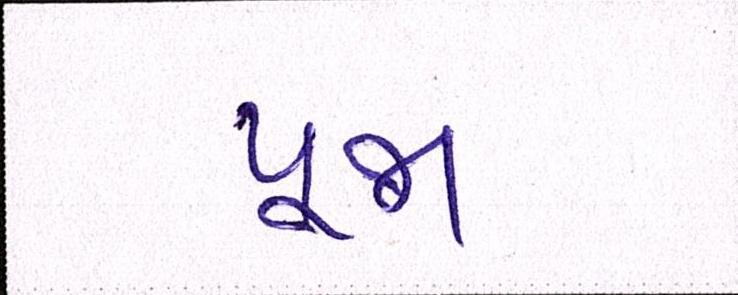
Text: પૂજા